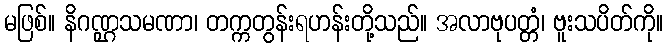
မဖြစ်။ နိဂဏ္ဌသမဏာ၊ တက္ကတွန်းရဟန်းတို့သည်။ အလာဗုပတ္တံ၊ ဗူးသပိတ်ကို။